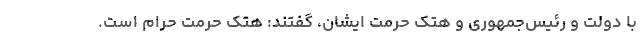
با دولت و رئیس‌جمهوری و هتک حرمت ایشان، گفتند: هتک حرمت حرام است.